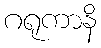
ဂရုကာနိ